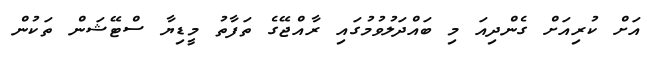
އަށް ކުރިއަށް ގެންދިއަ މި ބައްދަލުވުމުގައި ރާއްޖޭގެ ތަފާތު މީޑިޔާ ސްޓޭޝަން ތަކުން